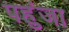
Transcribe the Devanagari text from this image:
पहुंजा